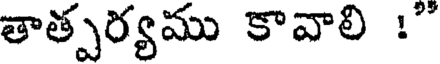
తాత్పర్యము కావాలి !"